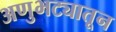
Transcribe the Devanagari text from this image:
अणुभट्यातून